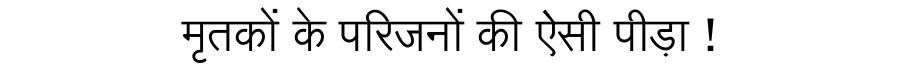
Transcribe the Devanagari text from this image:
मृतकों के परिजनों की ऐसी पीड़ा !